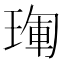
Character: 𤦳